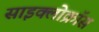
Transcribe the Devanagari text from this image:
साइक्लोक्रॉस